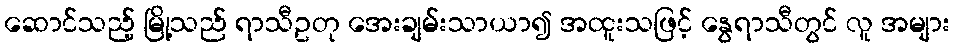
ဆောင်သည့် မြို့သည် ရာသီဥတု အေးချမ်းသာယာ၍ အထူးသဖြင့် နွေရာသီတွင် လူ အများ